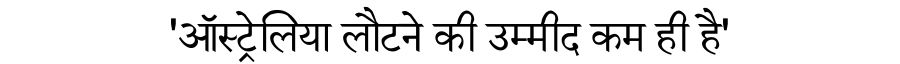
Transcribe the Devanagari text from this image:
'ऑस्ट्रेलिया लौटने की उम्मीद कम ही है'